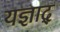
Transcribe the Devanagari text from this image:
यज्ञाद्‌